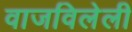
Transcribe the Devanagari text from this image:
वाजविलेली